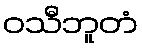
ဝသီဘူတံ